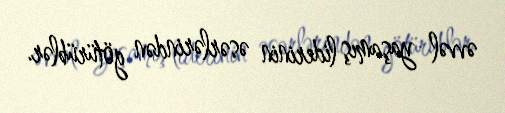
əvvəl yaşamış liderinin əsərlərindən götürüblər.